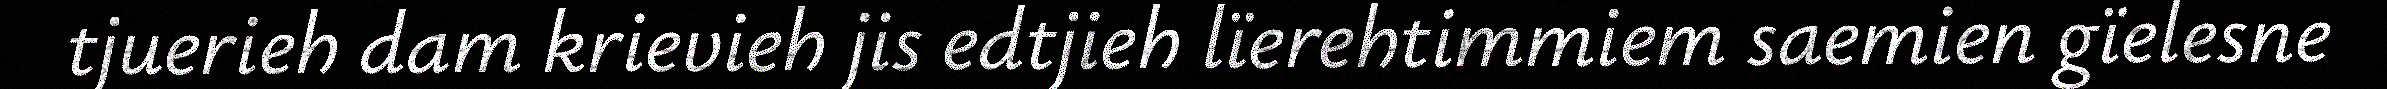
tjuerieh dam krievieh jis edtjieh lïerehtimmiem saemien gïelesne